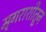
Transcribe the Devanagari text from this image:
मृगराशीतून